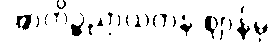
အာကိဉ္စညာယတန ဈာန်မှ